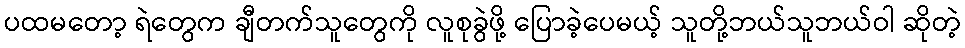
ပထမတော့ ရဲတွေက ချီတက်သူတွေကို လူစုခွဲဖို့ ပြောခဲ့ပေမယ့် သူတို့ဘယ်သူဘယ်ဝါ ဆိုတဲ့